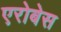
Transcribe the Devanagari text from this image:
एरोबेस